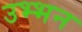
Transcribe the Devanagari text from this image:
उभ्भन